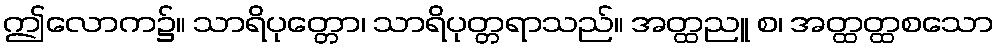
ဤလောက၌။ သာရိပုတ္တော၊ သာရိပုတ္တရာသည်။ အတ္ထညူ စ၊ အတ္ထတ္ထစသော